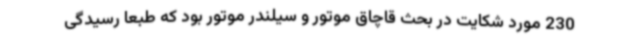
230 مورد شکایت در بحث قاچاق موتور و سیلندر موتور بود که طبعا رسیدگی